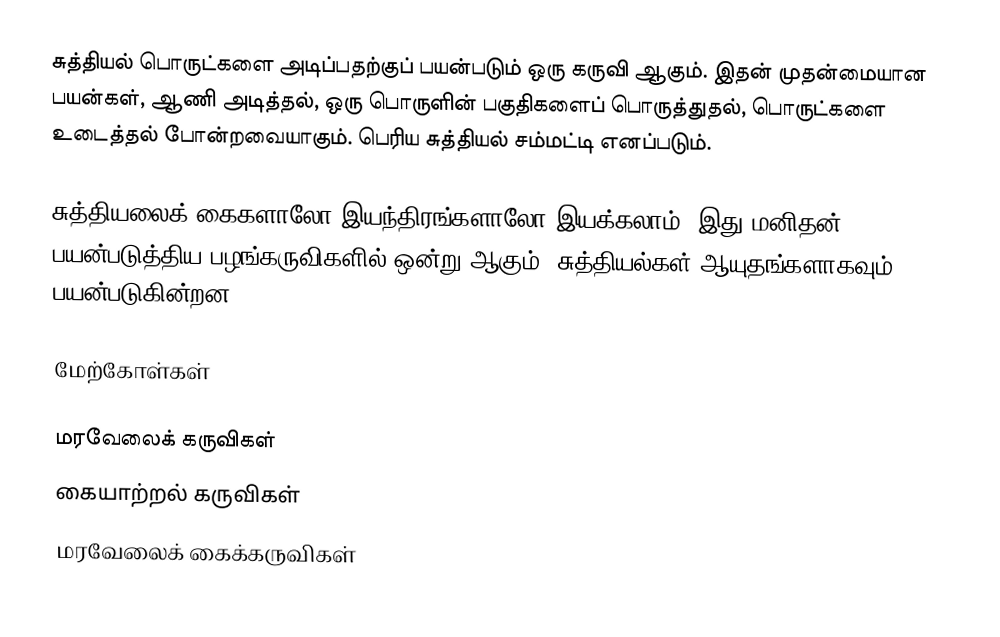
சுத்தியல் பொருட்களை அடிப்பதற்குப் பயன்படும் ஒரு கருவி ஆகும். இதன் முதன்மையான பயன்கள், ஆணி அடித்தல், ஒரு பொருளின் பகுதிகளைப் பொருத்துதல், பொருட்களை உடைத்தல் போன்றவையாகும். பெரிய சுத்தியல் சம்மட்டி எனப்படும்.

சுத்தியலைக் கைகளாலோ இயந்திரங்களாலோ இயக்கலாம். இது மனிதன் பயன்படுத்திய பழங்கருவிகளில் ஒன்று ஆகும். சுத்தியல்கள் ஆயுதங்களாகவும் பயன்படுகின்றன.

மேற்கோள்கள்

மரவேலைக் கருவிகள்
கையாற்றல் கருவிகள்
மரவேலைக் கைக்கருவிகள்